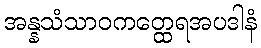
အန္နသံသာဝကတ္ထေရအပဒါနံ